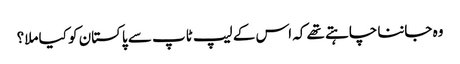
وہ جاننا چاہتے تھے کہ اس کے لیپ ٹاپ سے پاکستان کو کیا ملا؟